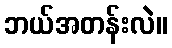
ဘယ်အတန်းလဲ။